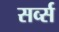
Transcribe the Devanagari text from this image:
सर्व्स